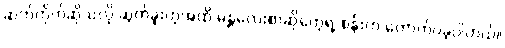
ဆက်တိုက်ဆိုသလို ဆွတ်ခူးတဲ့အထိ မန္တလေးစာဆိုတွေရဲ့ စန်းက တောက်ပခဲ့ပါတယ်။